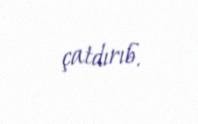
çatdırıb.